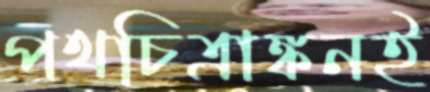
পথচিত্রাঙ্কনই